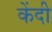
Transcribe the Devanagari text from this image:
केंदी